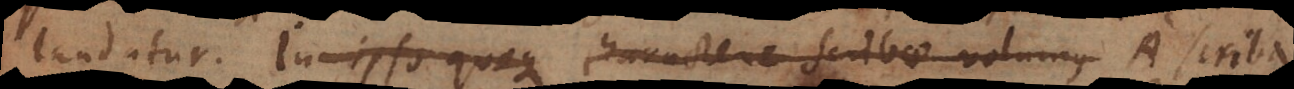
laudatur. In ipso quoque charactere scribae volumus A scriba